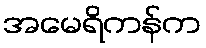
အမေရိကန်က